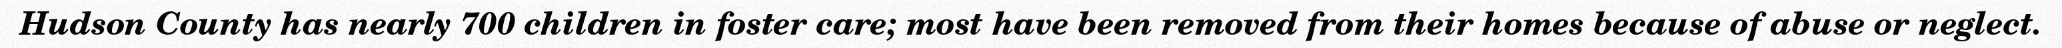
Hudson County has nearly 700 children in foster care; most have been removed from their homes because of abuse or neglect.